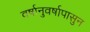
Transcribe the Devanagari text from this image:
वर्षानुवर्षापासुन